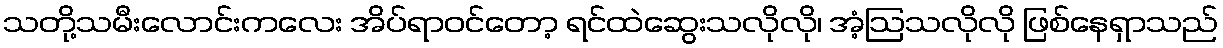
သတို့သမီးလောင်းကလေး အိပ်ရာဝင်တော့ ရင်ထဲဆွေးသလိုလို၊ အံ့ဩသလိုလို ဖြစ်နေရှာသည်